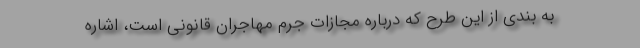
به بندی از این طرح که درباره مجازات جرم مهاجران قانونی است، اشاره